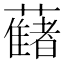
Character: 𧂤